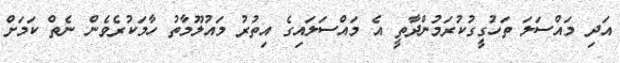
އަދި މައްސަލަ ތަހުގީގުކުރަމުންދާތީ އެ މައްސަލައިގެ އިތުރު މައުލޫމާތު ހާމަކުރެވެން ނެތް ކަމަށް